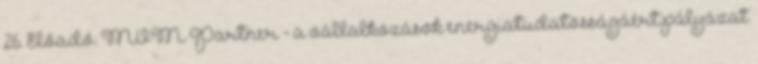
26. Előadó: MVM Partner - a vállalkozások energiatudatosságáért pályázat